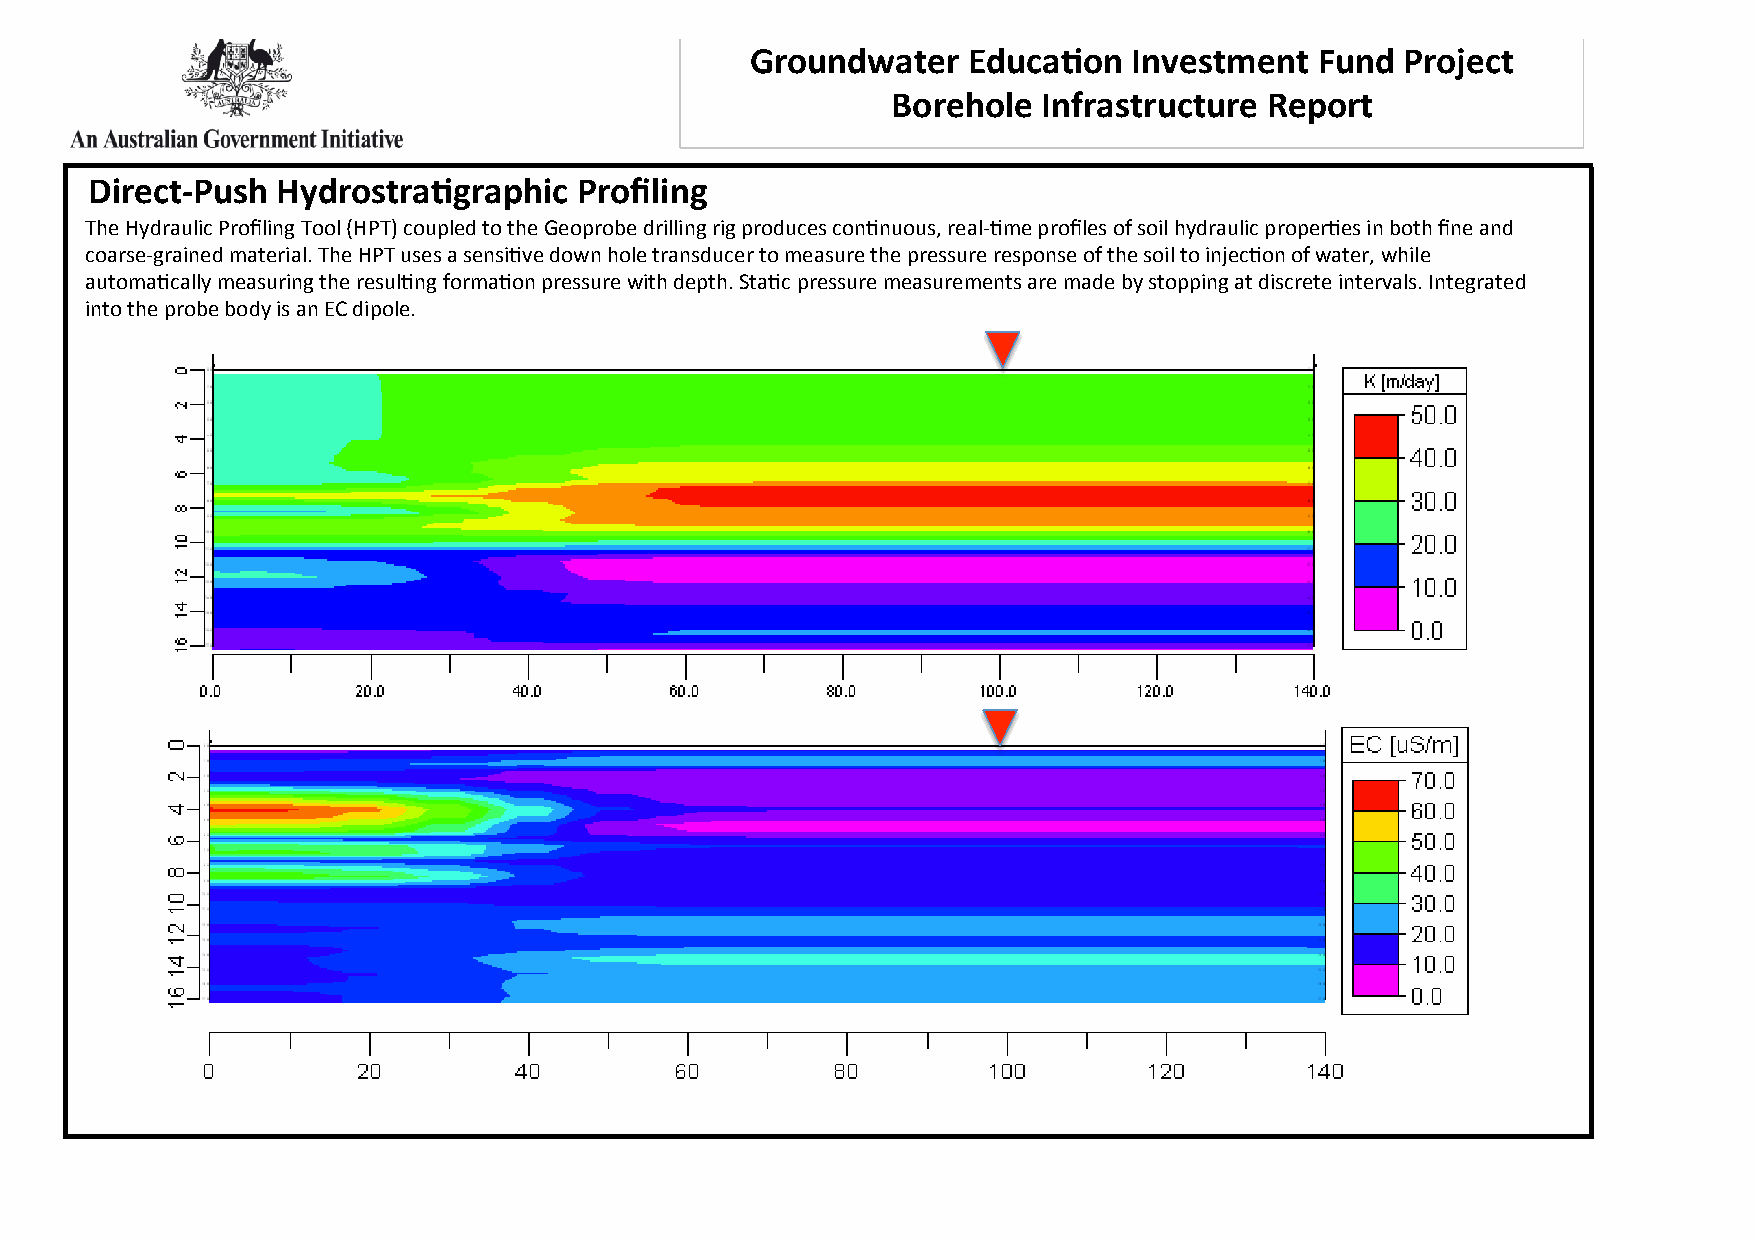
Groundwater   EducaWon   Investment  Fund  Project
 Borehole  Infrastructure Report
 Direct-­‐Push HydrostraWgraphic Profiling
 The Hydraulic Profiling Tool (HPT) coupled to the Geoprobe drilling rig produces con_nuous, real-­‐_me profiles of soil hydraulic proper_es in both fine and
 coarse-­‐grained material. The HPT uses a sensi_ve down hole transducer to measure the pressure response of the soil to injec_on of water, while
 automa_cally measuring the resul_ng forma_on pressure with depth. Sta_c pressure measurements are made by stopping at discrete intervals. Integrated
 into the probe body is an EC dipole.